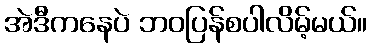
အဲဒီကနေပဲ ဘဝပြန်စပါလိမ့်မယ်။